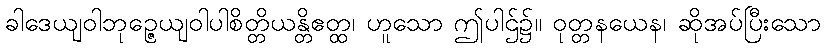
ခါဒေယျဝါဘုဉ္ဇေယျဝါပါစိတ္တိယန္တိဧတ္ထ၊ ဟူသော ဤပါဌ်၌။ ဝုတ္တနယေန၊ ဆိုအပ်ပြီးသော